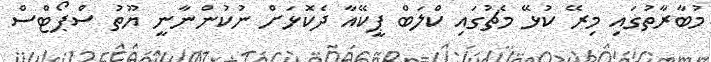
މުބާރާތުގައި މިރޭ ކުޅޭ މެޗުގައި ކްލަބް ޕީކޭއާ ދެކޮޅަށް ނުކުންނާނީ ޔޫތު ސްޕޯޓްސް